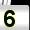
Digit: 5